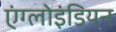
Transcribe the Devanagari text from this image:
एंग्लोइंडियन